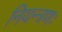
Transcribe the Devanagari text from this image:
नियन्त्रणः